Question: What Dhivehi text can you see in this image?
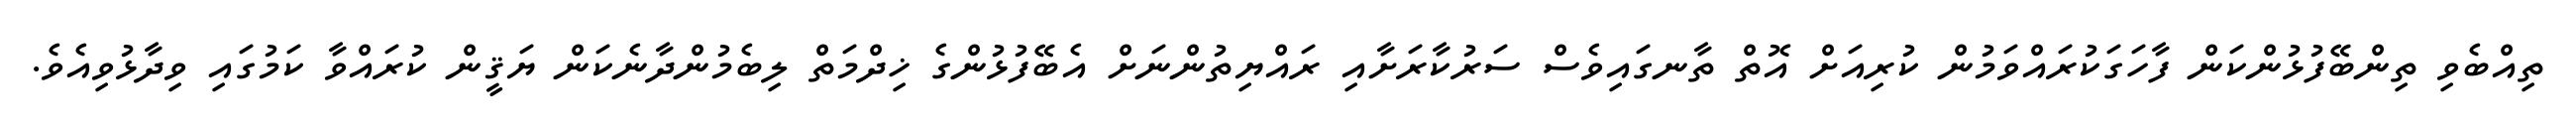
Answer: ތިއްބެވި ތިންބޭފުޅުންކަން ފާހަގަކުރައްވަމުން ކުރިއަށް އޮތް ތާނގައިވެސް ސަރުކާރަށާއި ރައްޔިތުންނަށް އެބޭފުޅުންގެ ޚިދްމަތް ލިބެމުންދާނެކަން ޔަޤީން ކުރައްވާ ކަމުގައި ވިދާޅުވިއެވެ.